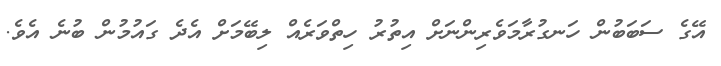
އޭގެ ސަބަބުން ހަނގުރާމަވެރިންނަށް އިތުރު ހިތްވަރެއް ލިބޭމަށް އެދެ ގައުމުން ބުނެ އެވެ.